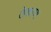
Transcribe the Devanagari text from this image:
ठेकाण